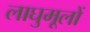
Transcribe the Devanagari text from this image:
लाघुमूलों